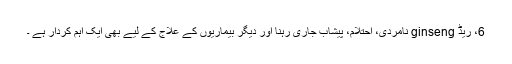
6، ریڈ ginseng نامردی، احتلام، پیشاب جاری رہنا اور دیگر بیماریوں کے علاج کے لیے بھی ایک اہم کردار ہے ۔